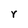
Character: r